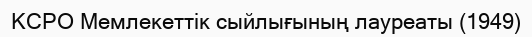
КСРО Мемлекеттік сыйлығының лауреаты (1949)